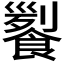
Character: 𩝖